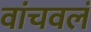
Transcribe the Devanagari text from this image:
वांचवलं